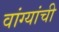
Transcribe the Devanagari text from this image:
वांग्यांची